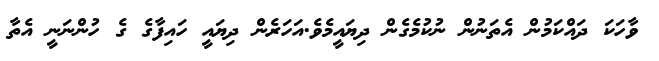
ވާހަކަ ދައްކަމުން އެތަނުން ނުކުމެގެން ދިޔައީމެވެ.އަހަރެން ދިޔައީ ހައިފާގެ ގެ ހުންނަނީ އެތާ